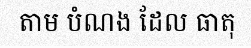
តាម បំណង ដែល ធាតុ